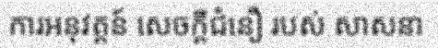
ការអនុវត្តន៍ សេចក្តីជំនឿ របស់ សាសនា